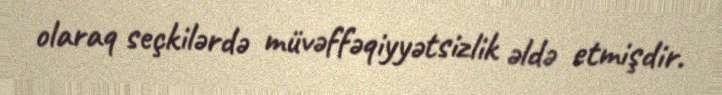
olaraq seçkilərdə müvəffəqiyyətsizlik əldə etmişdir.